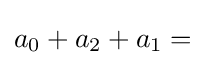
a_{0}+a_{2}+a_{1}={}